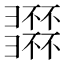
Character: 𢑽